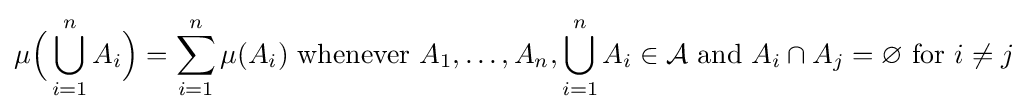
\mu {\Bigl (}\bigcup _{i=1}^{n}A_{i}{\Bigr )}=\sum _{i=1}^{n}\mu (A_{i}){\text{ whenever }}A_{1},\dots ,A_{n},\bigcup _{i=1}^{n}A_{i}\in {\mathcal {A}}{\text{ and }}A_{i}\cap A_{j}=\varnothing {\text{ for }}i\neq j